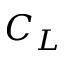
C _ { L }